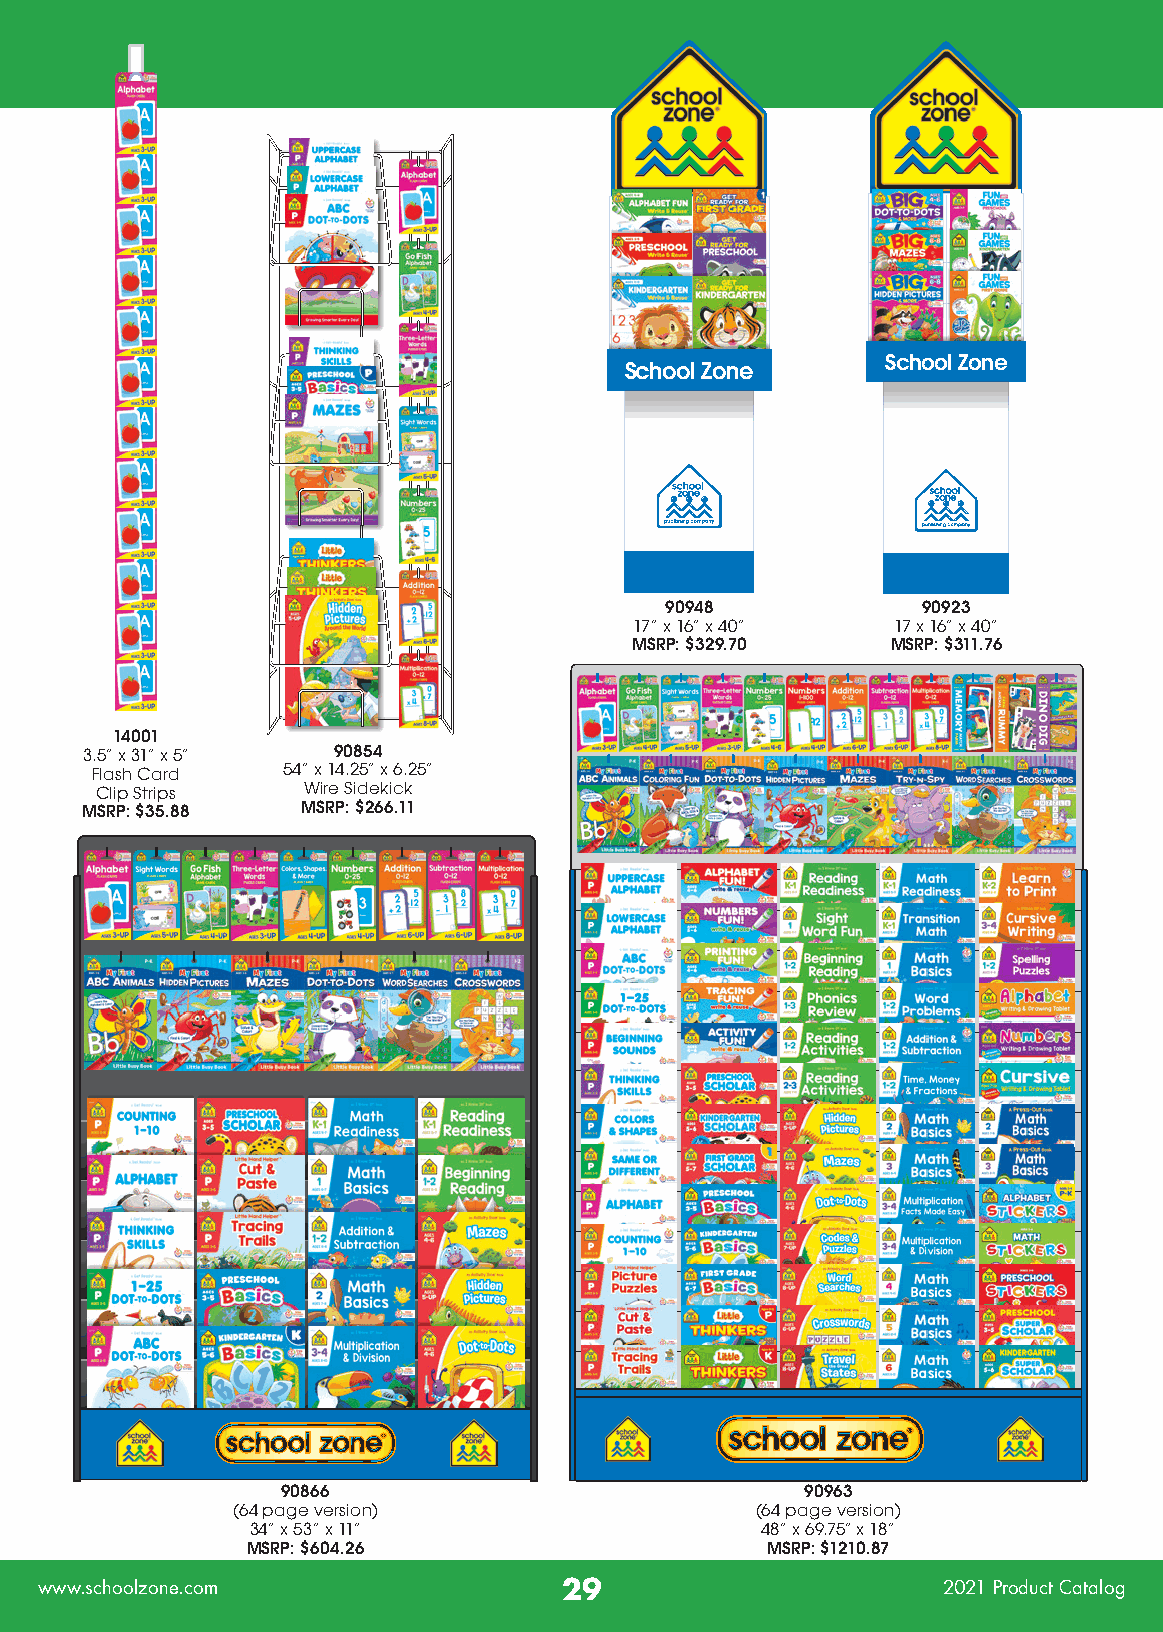
School Zone
 School Zone
 90948            90923
 17” x 16” x 40”  17 x 16” x 40”
 MSRP: $329.70    MSRP: $311.76
 14001
 3.5” x 31” x 5”  90854
 Flash Card   54” x 14.25” x 6.25”
 Clip Strips   Wire Sidekick
 MSRP: $35.88   MSRP: $266.11
 90866                             90963
 (64 page version)                  (64 page version)
 34” x 53” x 11”                  48” x 69.75” x 18”
 MSRP: $604.26                      MSRP: $1210.87
 www.schoolzone.com                 29                       2021 Product Catalog